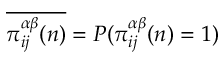
\overline { { \pi _ { i j } ^ { \alpha \beta } ( n ) } } = P ( \pi _ { i j } ^ { \alpha \beta } ( n ) = 1 )